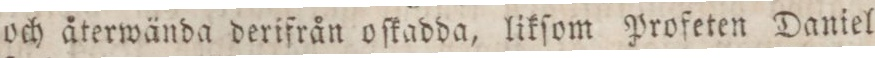
och återwända derifrån oſkadda, likſom Profeten Daniel